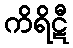
ကိရိဋီ